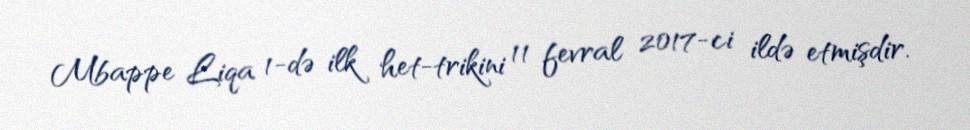
Mbappe Liqa 1-də ilk het-trikini 11 fevral 2017-ci ildə etmişdir.